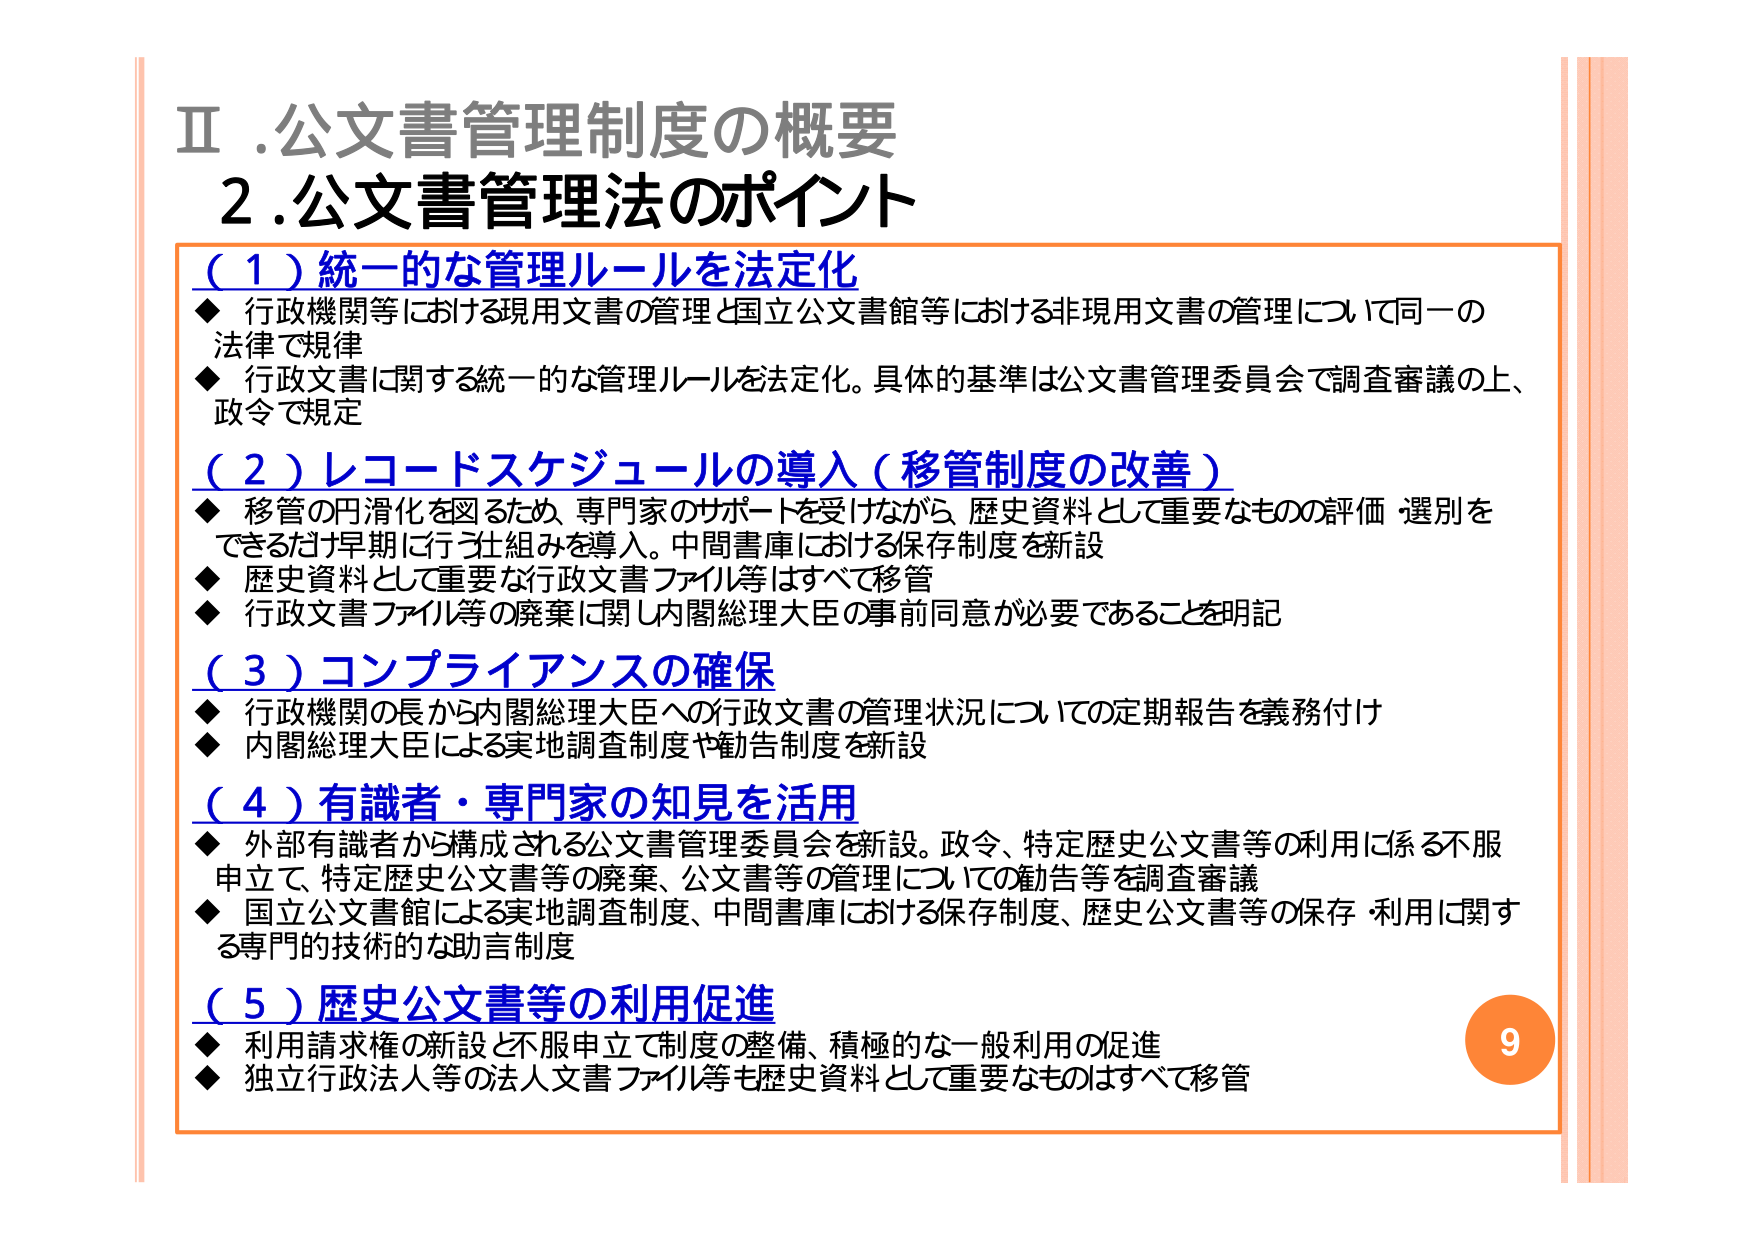
Ⅱ.公文書管理制度の概要
2.公文書管理法のポイント

（１）統一的な管理ルールを法定化
◆ 行政機関等における現用文書の管理と国立公文書館等における非現用文書の管理について同一の法律で規律
◆ 行政文書に関する統一的な管理ルールを法定化。具体的基準は公文書管理委員会で調査審議の上、政令で規定

（２）レコードスケジュールの導入（移管制度の改善）
◆ 移管の円滑化を図るため、専門家のサポートを受けながら、歴史資料として重要なもの評価・選別をできるだけ早期に行う仕組みを導入。中間書庫における保存制度を新設
◆ 歴史資料として重要な行政文書ファイル等はすべて移管
◆ 行政文書ファイル等の廃棄に関して内閣総理大臣の事前同意が必要であることを明記

（３）コンプライアンスの確保
◆ 行政機関の長から内閣総理大臣への行政文書の管理状況についての定期報告を義務付け
◆ 内閣総理大臣による実地調査制度や勧告制度を新設

（４）有識者・専門家の知見を活用
◆ 外部有識者から構成される公文書管理委員会を新設。政令、特定歴史公文書等の利用に係る不服申立、特定歴史公文書等の廃棄、公文書等の管理についての勧告等を調査審議
◆ 国立公文書館による実地調査制度、中間書庫における保存制度、歴史公文書等の保存・利用に関する専門的技術的な助言制度

（５）歴史公文書等の利用促進
◆ 利用請求権の新設と不服申立で制度の整備、積極的な一般利用の促進
◆ 独立行政法人等の法人文書ファイル等も歴史資料として重要なもののはすべて移管

9